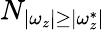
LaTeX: N_{|\omega_{z}|\geq|\omega_{z}^{*}|}